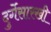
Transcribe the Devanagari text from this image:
दुर्गेसारखी